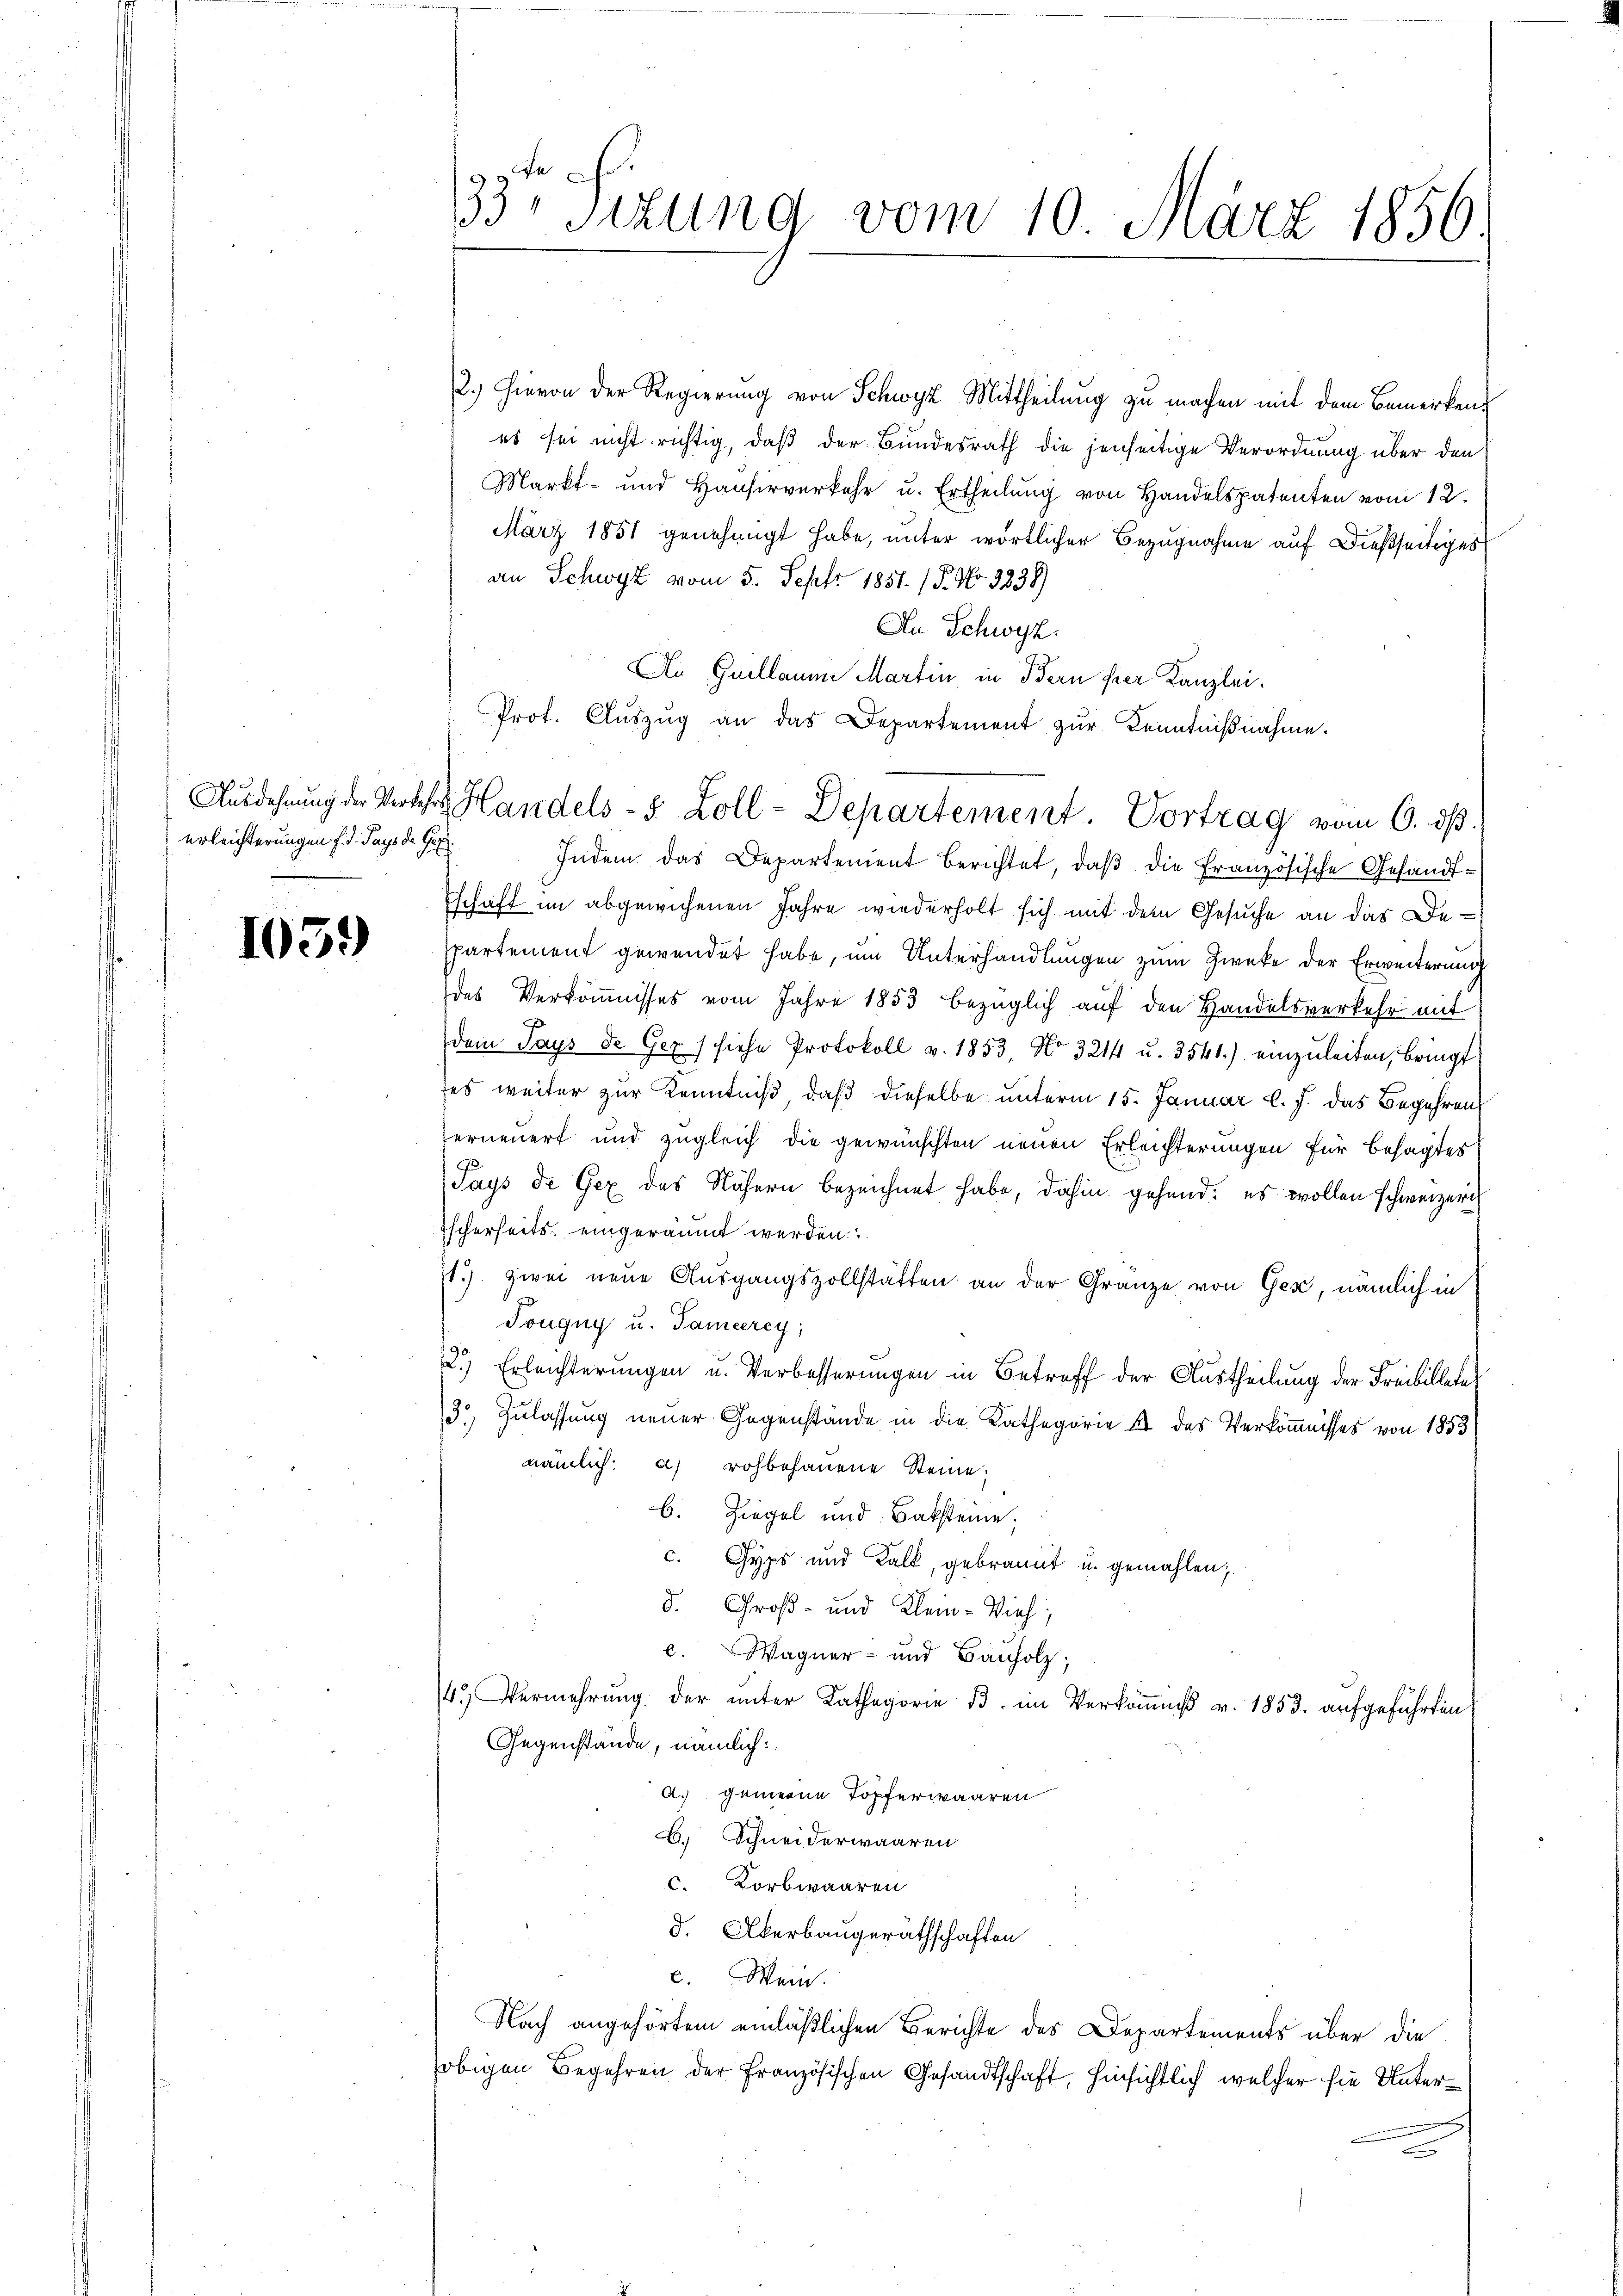
erleichterungen f. d. Pays de Ges

105.)

33t Sizung vom 10. März 1856

2.) Hievon der Regierung von Schwyz Mittheilung zu machen mit dem Bemerken
es sei nicht richtig, daß der Bundesrath die jenseitige Verordnung über den
Markt- und Hausirverkehr u. Ertheilung von Handelspatenten vom 12.
März 1851 genehmigt habe, unter wörtlicher Bezugnahme auf dießseitiges
an Schwyz vom 5. Sept. 1851. /P. No. 3238)
An Schwyz.
An Guillaume Martin, in Bern hier Kanzlei¬
Indem das Departement berichtet, daß die französische Gesandtschaft im abgewichenen Jahre wiederholt sich mit dem Gesŭche an das De-
spartement gewendet habe, um Unterhandlungen zum Zwecke der Erweiterung
des Verkömnisses vom Jahre 1853 bezüglich auf den Handelsverkehr mit
dem Pays de Gex (siehe Protokoll v. 1853, No 3214 u. 3541.) einzuleiten, bringt
tes weiter zur Kenntniß, daß dieselbe unterm 15. Januar l. J. das Begehren
erneuert und zugleich die gewünschten neuen Erleichterungen für besagtes
Pays de Gex des Nähern bezeichnet habe, dahin gehend: es wollen schweizeri
Escherheits eingeräumt werden.
1.) zwei neue Ausgangszollstatten an der Gränze von Gex, nämlich in
Tougny u. Tameerey,
127
Erleichterungen u. Verbesserungen in Betreff der Austheilung der Freibilleter
3) Zulassung neuer Gegenstände in die Kathegorie 4 des Verkömnisses von 1853
nämlich: a) rohbehauene Steine:
b. Ziegel und Baksteine;
c. Gyps und Kalk, gebrannt u. gemahlen;
d. Groß- und Klein-Vieh,
c. Wagner- und Bauholz,
4. Vermehrŭng der ŭnter Kathegorie 3. im Verkoṁniß v. 1853. aufgeführten
Gegenstände, nämlich:
A.) gemeine Topferwaaren
B. Schneiderwaaren
c. Korbwaaren
d. Akerbaugeräthschaften
c. Wein.
Nach angehörtem einläßlichen Berichte des Departements über die
obigen Begehren der Französischen Gesandtschaft, hinsichtlich, welcher sie Unter¬

Prot. Aŭszŭg an das Departement zŭr Kenntniβnahme.
Ausdehnung der Verkehrs Handels- 5 Zoll-Departement. Vortrag vom 6. ds.

e